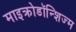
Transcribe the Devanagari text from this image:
माइक्रोडॉन्शिज्म